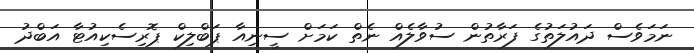
ނަމަވެސް ދައުލަތުގެ ފަރާތުން ސުވާލެއް ނެތް ކަމަށް ސީނިއާ ޕަބްލިކް ޕޮރިސެކިއުޓާ އަބްދު